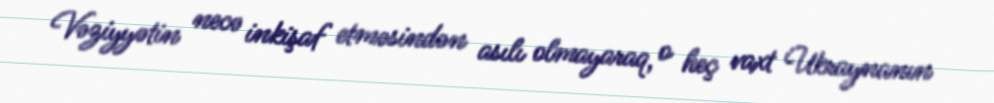
Vəziyyətin necə inkişaf etməsindən asılı olmayaraq, o heç vaxt Ukraynanın